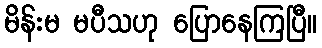
မိန်းမ မပီသဟု ပြောနေကြပြီ။